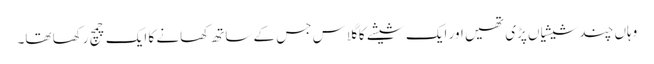
وہاں چند شیشیاں پڑی تھیں اور ایک شیشے کا گلاس جس کے ساتھ کھانے کا ایک چمچ رکھا تھا۔